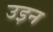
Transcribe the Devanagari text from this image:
उइन